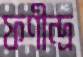
ফণীন্দ্র